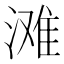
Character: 滩